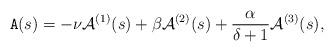
LaTeX: \begin{align*}\mathtt{A}(s)= -\nu\mathcal{A}^{(1)}(s)+\beta \mathcal{A}^{(2)}(s)+\frac{\alpha}{\delta+1}\mathcal{A}^{(3)}(s),\end{align*}